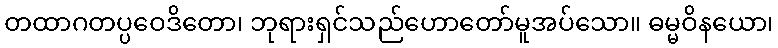
တထာဂတပ္ပဝေဒိတော၊ ဘုရားရှင်သည်ဟောတော်မူအပ်သော။ ဓမ္မဝိနယော၊